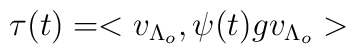
\tau (t) = <v_{\Lambda_o}, \psi (t) g v_{\Lambda_o} >